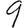
Digit: 9